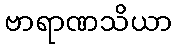
ဗာရာဏသိယာ